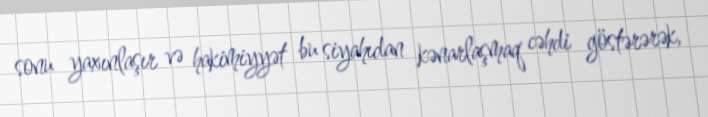
sonu yaxınlaşır və hakimiyyət bu siyahıdan kənarlaşmaq cəhdi göstərərək,